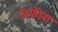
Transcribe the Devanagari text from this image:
जकीरा